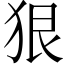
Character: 狠